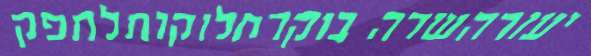
יעזרהשדה בוקרחלוקותלתפק